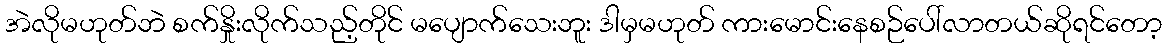
အဲလိုမဟုတ်ဘဲ စက်နှိုးလိုက်သည့်တိုင် မပျောက်သေးဘူး ဒါမှမဟုတ် ကားမောင်းနေစဉ်ပေါ်လာတယ်ဆိုရင်တော့